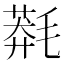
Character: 𣯬